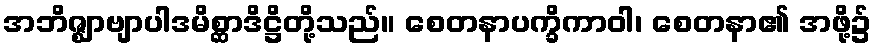
အဘိဇ္ဈာဗျာပါဒမိစ္ဆာဒိဋ္ဌိတို့သည်။ စေတနာပက္ခိကာဝါ၊ စေတနာ၏ အဖို့၌